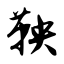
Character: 鞅